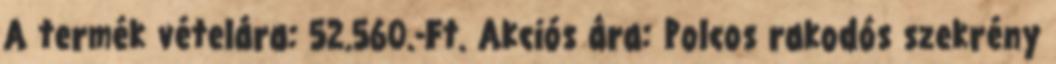
A termék vételára: 52.560.-Ft. Akciós ára: Polcos rakodós szekrény